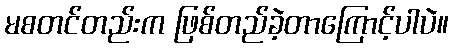
မစတင်တည်းက ဖြစ်တည်ခဲ့တာကြောင့်ပါပဲ။